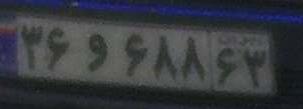
۳۶و۶۸۸۶۳